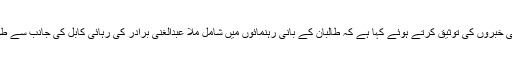
امریکی محکمہ خارجہ نے ملاّ عبدالغنی برادر کی رہائی کی خبروں کی توثیق کرتے ہوئے کہا ہے کہ طالبان کے بانی رہنمائوں میں شامل ملا عبدالغنی برادر کی رہائی کابل کی جانب سے طویل عرصے سے کیے جانے والے مطالبے کی تکمیل ہے۔